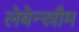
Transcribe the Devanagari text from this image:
लेबेन्स्रौम